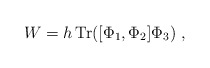
\begin{align*}W = h\, \mbox{Tr} ([\Phi_1 , \Phi_2] \Phi_3)\ ,\end{align*}